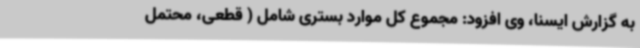
به گزارش ایسنا، وی افزود: مجموع کل موارد بستری شامل ( قطعی، محتمل